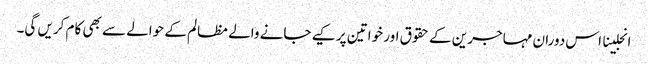
انجلینا اس دوران مہاجرین کے حقوق اور خواتین پر کیے جانے والے مظالم کے حوالے سے بھی کام کریں گی۔